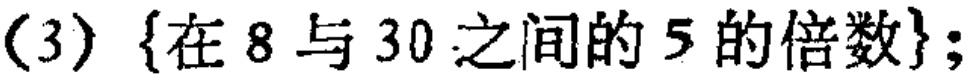
(3) $\{在 8 与 30 之间的 5 的倍数\};$